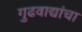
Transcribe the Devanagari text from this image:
गुढवाद्यांचा